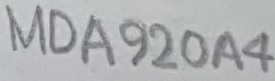
Text: MDA920A4